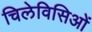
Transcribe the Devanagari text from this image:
चिलेविसिओं